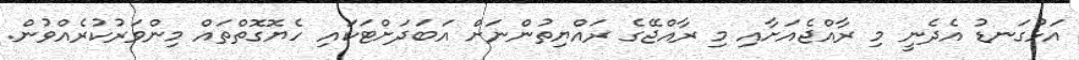
އަޅުގަނޑު އެދެނީ މި ރާއްޖެއަށާއި މި ރާއްޖޭގެ ރައްޔިތުންނަށް އަބަދަށްޓަކައި ހެޔޮގޮތްތައް މިންވަރުކުރެއްވުން.